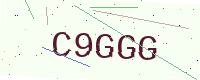
Text: C9GGG